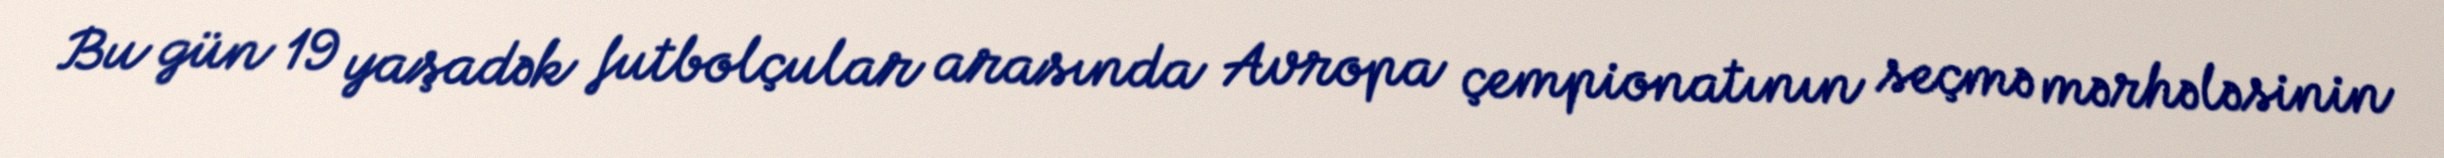
Bu gün 19 yaşadək futbolçular arasında Avropa çempionatının seçmə mərhələsinin